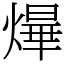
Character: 㷸